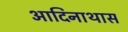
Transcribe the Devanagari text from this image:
आदिनाथास